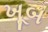
ખૂબ